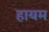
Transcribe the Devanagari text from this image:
हायम